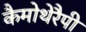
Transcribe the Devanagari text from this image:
कैमोथेरैपी